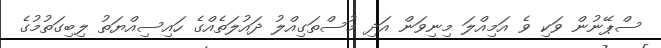
ސްޕޭނުން ވަކި ވެ އަމިއްލަ މިނިވަން އަދި މުސްތަގިއްލު ދައުލަތެއްގެ ހައިސިއްޔަތު ލިބިގަތުމުގެ